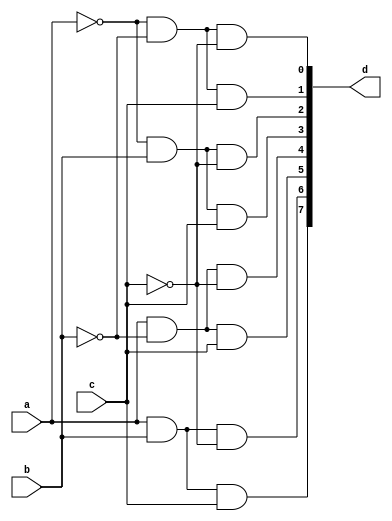
`timescale 1ns / 1ps
//////////////////////////////////////////////////////////////////////////////////
// Company: 
// Engineer: 
// 
// Design Name: 
// Module Name:    decoder38 
// Project Name: 
// Target Devices: 
// Tool versions: 
// Description: 
//
// Dependencies: 
//
// Revision: 
// Revision 0.01 - File Created
// Additional Comments: 
//
//////////////////////////////////////////////////////////////////////////////////
module decoder38(a,b,c,d
    );
input a,b,c;
output [7:0]d;
assign d[0]=((~a) & (~b) & (~c)),
	    d[1]=((~a) & (~b) & c),
		 d[2]=((~a) & b & (~c)),
		 d[3]=((~a) & b & c),
		 d[4]=(a & (~b)& ~c),
		 d[5]=(a & (~b)& c),
		 d[6]=(a & b & (~c)),
		 d[7]=(a & b & c);
endmodule